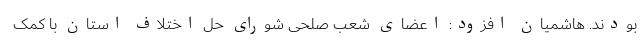
بودند. هاشمیان افزود: اعضای شعب صلحی شورای حل اختلاف استان با کمک